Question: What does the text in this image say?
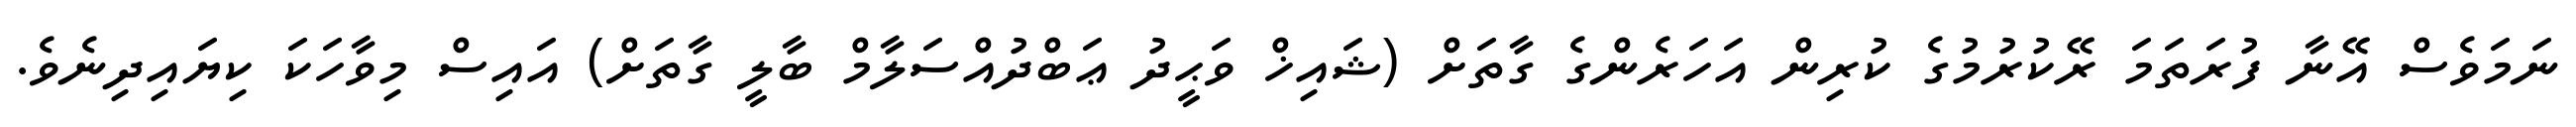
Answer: ނަމަވެސް އޭނާ ފުރަތަމަ ރޭކުރުމުގެ ކުރިން އަހަރެންގެ ގާތަށް (ޝައިޚް ވަޙީދު ޢަބްދުއްސަލާމް ބާލީ ގާތަށް) އައިސް މިވާހަކަ ކިޔައިދިނެވެ.